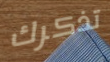
تذكرك